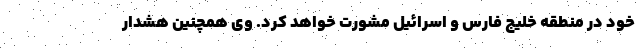
خود در منطقه خلیج فارس و اسرائیل مشورت خواهد کرد. وی همچنین هشدار